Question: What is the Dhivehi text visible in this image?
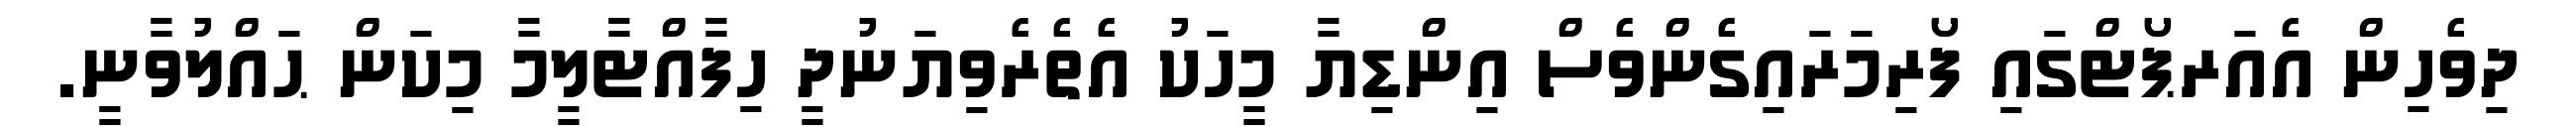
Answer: ދިވެހިން އެއަރޕޯޓްގައި ފޯރިމަރައިގެންވެސް އިންޑިޔާ މީހަކު އެތެރެވިޔަނުދީ ހިފާއްޓާލީމާ މިކަން ޙައްލުވާނީ.